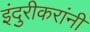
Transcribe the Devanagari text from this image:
इंदुरीकरांनी